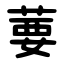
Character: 葽